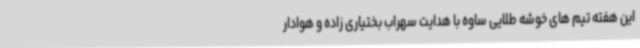
این هفته تیم های خوشه طلایی ساوه با هدایت سهراب بختیاری زاده و هوادار